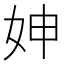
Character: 妽